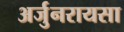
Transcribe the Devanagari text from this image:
अर्जुनरायसा